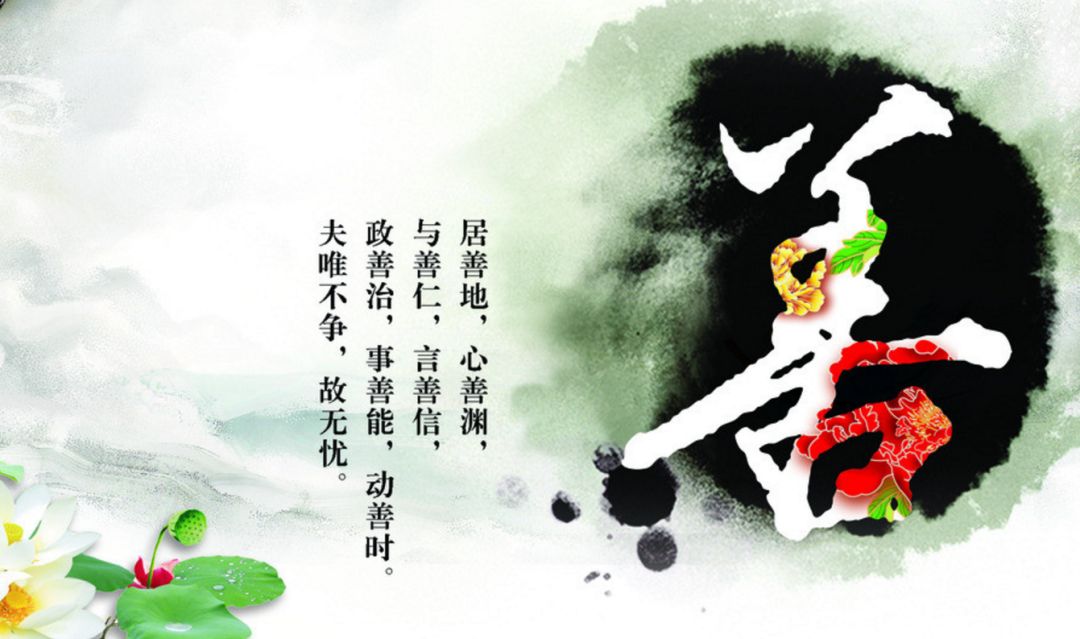
力田不如逢年，善仕不如遇合。